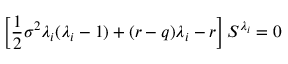
\left[ { \frac { 1 } { 2 } } \sigma ^ { 2 } \lambda _ { i } ( \lambda _ { i } - 1 ) + ( r - q ) \lambda _ { i } - r \right] S ^ { \lambda _ { i } } = 0